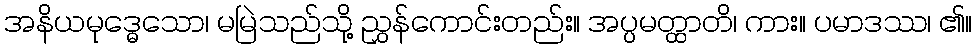
အနိယမုဒ္ဓေသော၊ မမြဲသည်သို့ ညွှန်ကောင်းတည်း။ အပ္ပမတ္ထာတိ၊ ကား။ ပမာဒဿ၊ ၏။